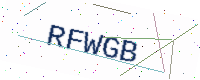
Text: RFWGB